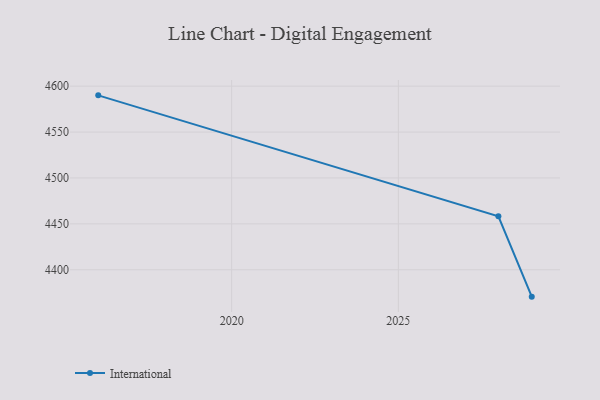
{"axis": {"x": "Year", "y": "Energy Usage (MWh)"}, "legend": ["International"], "data": [{"x": "2016", "y": 4590.0, "type": "International"}, {"x": "2028", "y": 4458.2, "type": "International"}, {"x": "2029", "y": 4370.7, "type": "International"}]}